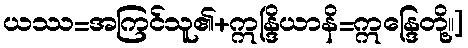
ယဿ=အကြင်သူ၏+ဣန္ဒြိယာနိ=ဣန္ဒြေတို့။]